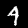
Digit: 4